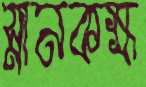
স্নানকক্ষ